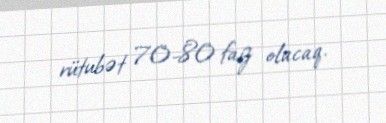
rütubət 70-80 faiz olacaq.